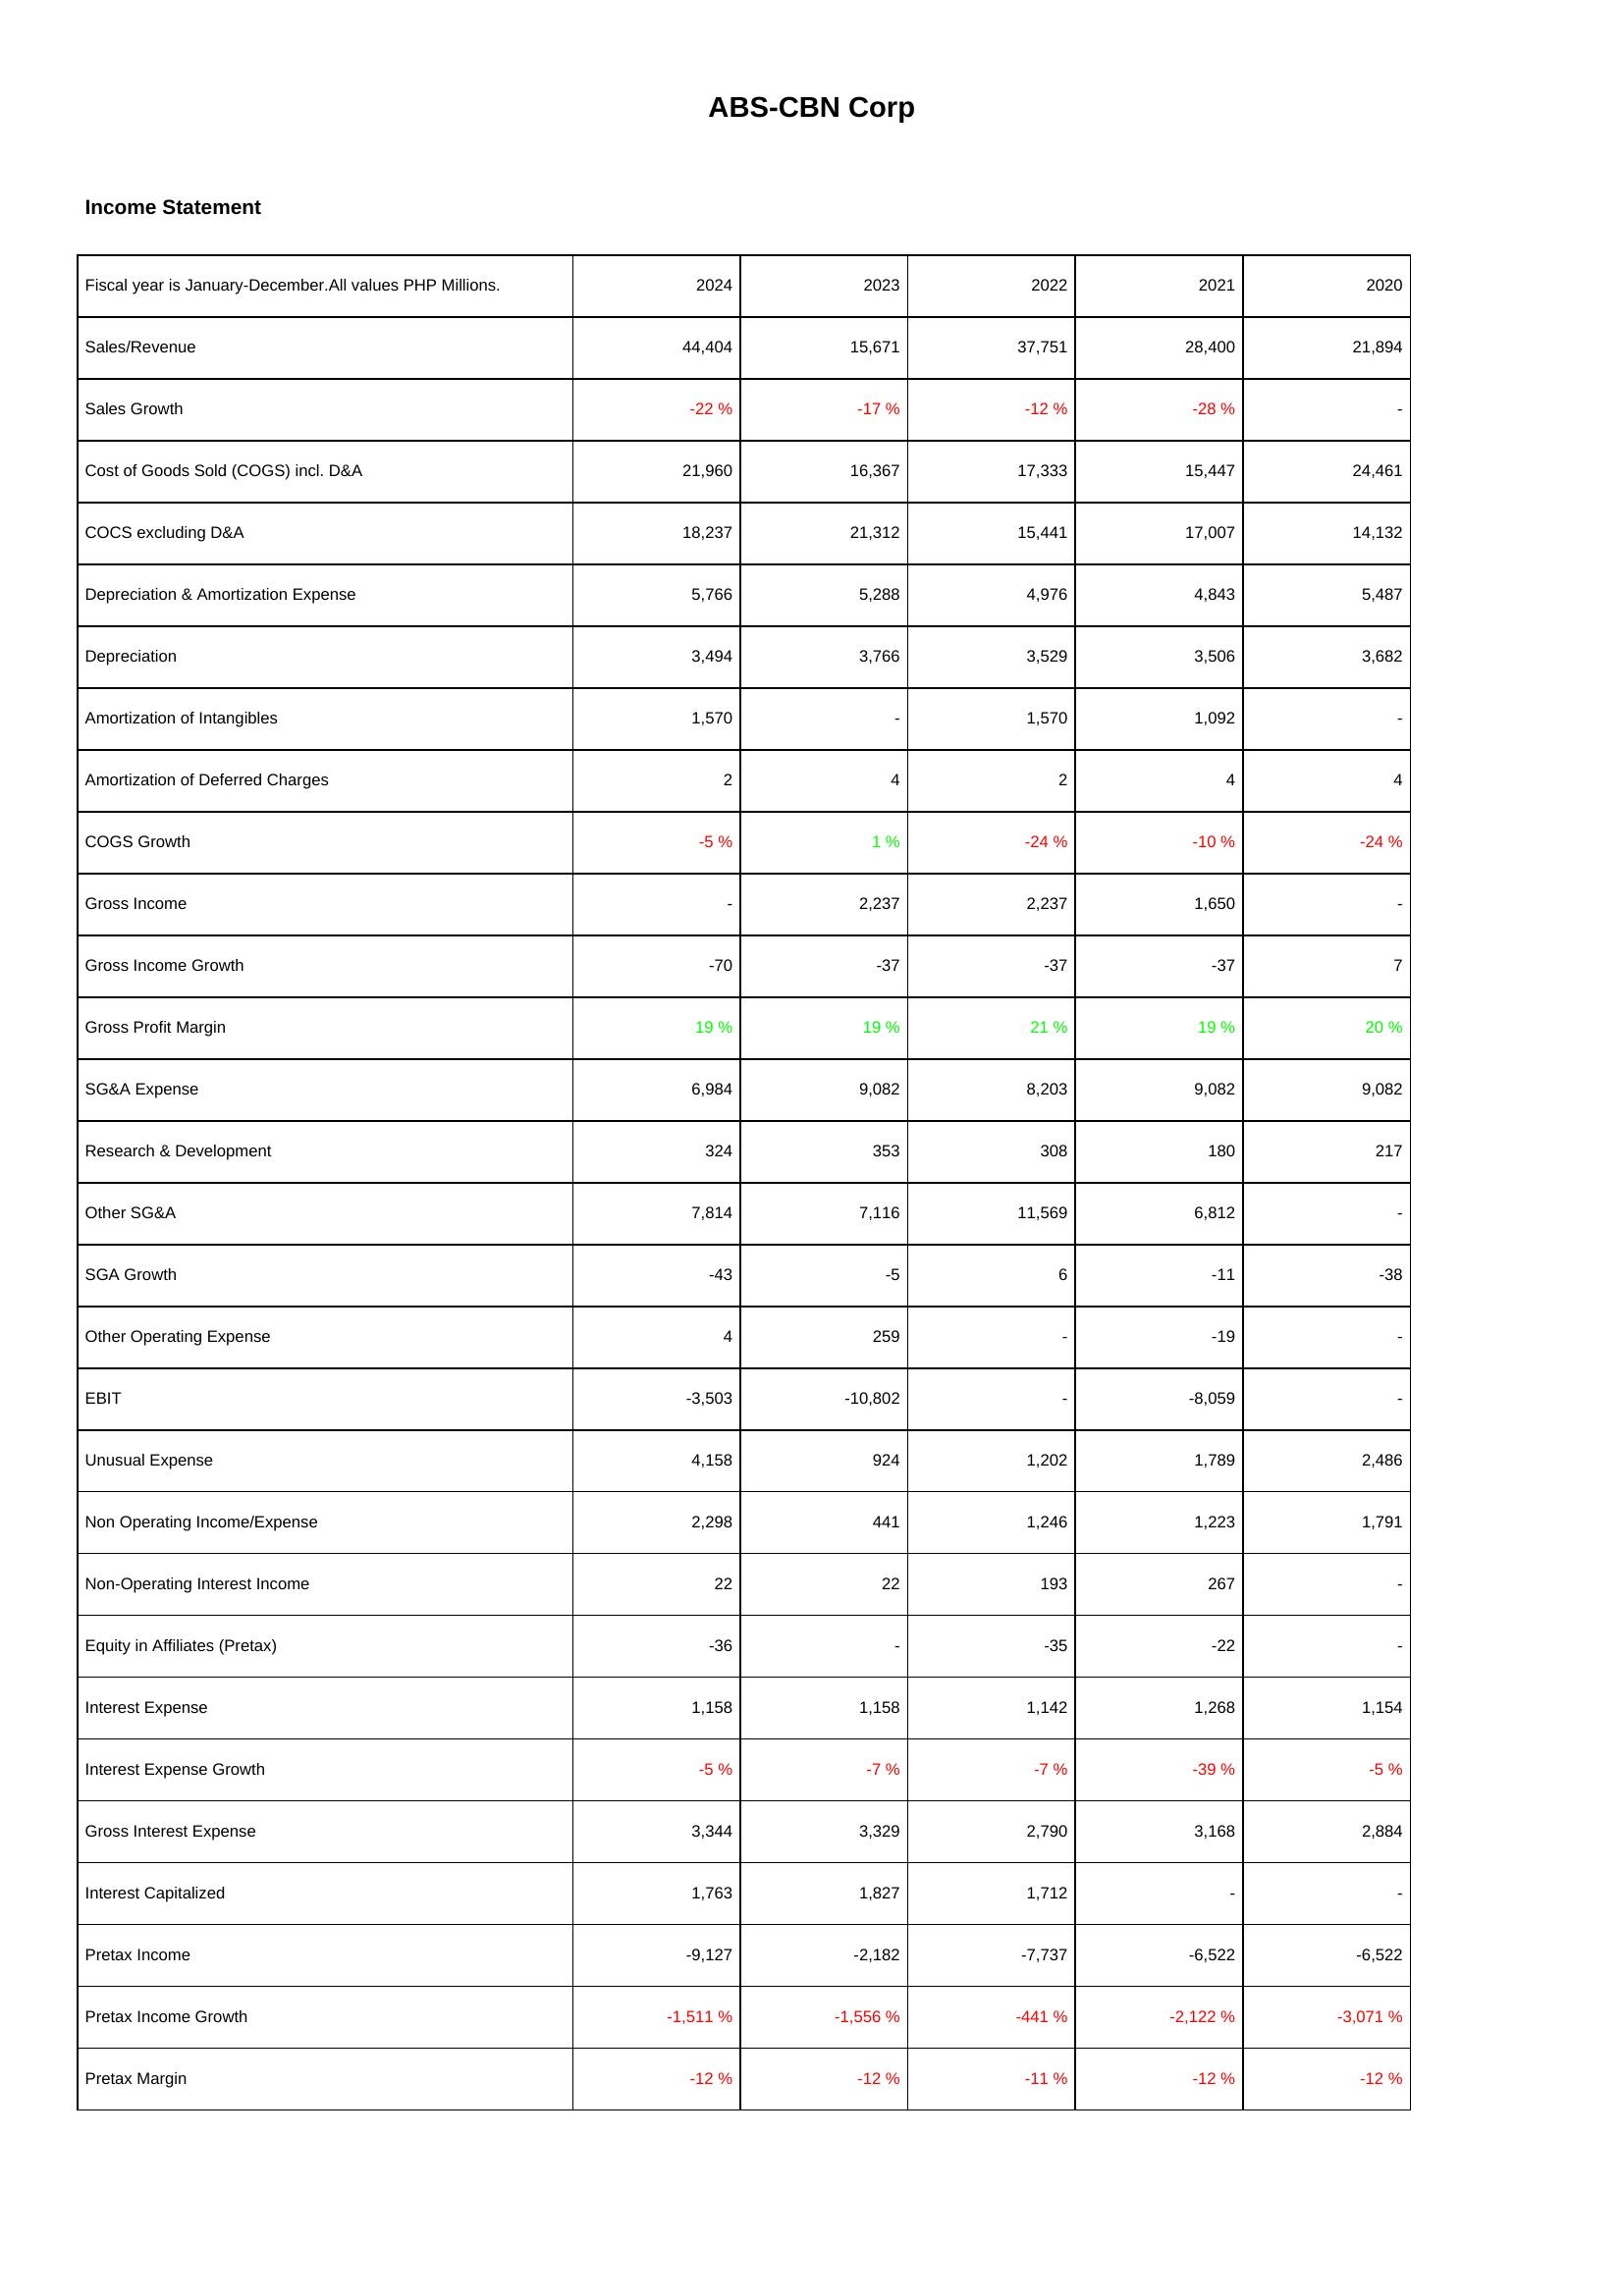
2024: Income Statement: Sales/Revenue: 44,404
Sales Growth: -22 %
Cost of Goods Sold (COGS) incl. D&A: 21,960
COCS excluding D&A: 18,237
Depreciation & Amortization Expense: 5,766
Depreciation: 3,494
Amortization of Intangibles: 1,570
Amortization of Deferred Charges: 2
COGS Growth: -5 %
Gross Income: -
Gross Income Growth: -70
Gross Profit Margin: 19 %
SG&A Expense: 6,984
Research & Development: 324
Other SG&A: 7,814
SGA Growth: -43
Other Operating Expense: 4
EBIT: -3,503
Unusual Expense: 4,158
Non Operating Income/Expense: 2,298
Non-Operating Interest Income: 22
Equity in Affiliates (Pretax): -36
Interest Expense: 1,158
Interest Expense Growth: -5 %
Gross Interest Expense: 3,344
Interest Capitalized: 1,763
Pretax Income: -9,127
Pretax Income Growth: -1,511 %
Pretax Margin: -12 %
2023: Income Statement: Sales/Revenue: 15,671
Sales Growth: -17 %
Cost of Goods Sold (COGS) incl. D&A: 16,367
COCS excluding D&A: 21,312
Depreciation & Amortization Expense: 5,288
Depreciation: 3,766
Amortization of Intangibles: -
Amortization of Deferred Charges: 4
COGS Growth: 1 %
Gross Income: 2,237
Gross Income Growth: -37
Gross Profit Margin: 19 %
SG&A Expense: 9,082
Research & Development: 353
Other SG&A: 7,116
SGA Growth: -5
Other Operating Expense: 259
EBIT: -10,802
Unusual Expense: 924
Non Operating Income/Expense: 441
Non-Operating Interest Income: 22
Equity in Affiliates (Pretax): -
Interest Expense: 1,158
Interest Expense Growth: -7 %
Gross Interest Expense: 3,329
Interest Capitalized: 1,827
Pretax Income: -2,182
Pretax Income Growth: -1,556 %
Pretax Margin: -12 %
2022: Income Statement: Sales/Revenue: 37,751
Sales Growth: -12 %
Cost of Goods Sold (COGS) incl. D&A: 17,333
COCS excluding D&A: 15,441
Depreciation & Amortization Expense: 4,976
Depreciation: 3,529
Amortization of Intangibles: 1,570
Amortization of Deferred Charges: 2
COGS Growth: -24 %
Gross Income: 2,237
Gross Income Growth: -37
Gross Profit Margin: 21 %
SG&A Expense: 8,203
Research & Development: 308
Other SG&A: 11,569
SGA Growth: 6
Other Operating Expense: -
EBIT: -
Unusual Expense: 1,202
Non Operating Income/Expense: 1,246
Non-Operating Interest Income: 193
Equity in Affiliates (Pretax): -35
Interest Expense: 1,142
Interest Expense Growth: -7 %
Gross Interest Expense: 2,790
Interest Capitalized: 1,712
Pretax Income: -7,737
Pretax Income Growth: -441 %
Pretax Margin: -11 %
2021: Income Statement: Sales/Revenue: 28,400
Sales Growth: -28 %
Cost of Goods Sold (COGS) incl. D&A: 15,447
COCS excluding D&A: 17,007
Depreciation & Amortization Expense: 4,843
Depreciation: 3,506
Amortization of Intangibles: 1,092
Amortization of Deferred Charges: 4
COGS Growth: -10 %
Gross Income: 1,650
Gross Income Growth: -37
Gross Profit Margin: 19 %
SG&A Expense: 9,082
Research & Development: 180
Other SG&A: 6,812
SGA Growth: -11
Other Operating Expense: -19
EBIT: -8,059
Unusual Expense: 1,789
Non Operating Income/Expense: 1,223
Non-Operating Interest Income: 267
Equity in Affiliates (Pretax): -22
Interest Expense: 1,268
Interest Expense Growth: -39 %
Gross Interest Expense: 3,168
Interest Capitalized: -
Pretax Income: -6,522
Pretax Income Growth: -2,122 %
Pretax Margin: -12 %
2020: Income Statement: Sales/Revenue: 21,894
Sales Growth: -
Cost of Goods Sold (COGS) incl. D&A: 24,461
COCS excluding D&A: 14,132
Depreciation & Amortization Expense: 5,487
Depreciation: 3,682
Amortization of Intangibles: -
Amortization of Deferred Charges: 4
COGS Growth: -24 %
Gross Income: -
Gross Income Growth: 7
Gross Profit Margin: 20 %
SG&A Expense: 9,082
Research & Development: 217
Other SG&A: -
SGA Growth: -38
Other Operating Expense: -
EBIT: -
Unusual Expense: 2,486
Non Operating Income/Expense: 1,791
Non-Operating Interest Income: -
Equity in Affiliates (Pretax): -
Interest Expense: 1,154
Interest Expense Growth: -5 %
Gross Interest Expense: 2,884
Interest Capitalized: -
Pretax Income: -6,522
Pretax Income Growth: -3,071 %
Pretax Margin: -12 %